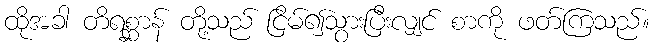
ထိုအခါ တိရစ္ဆာန် တို့သည် ငြိမ်၍သွားပြီးလျှင် စာကို ဖတ်ကြသည်။